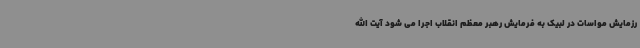
رزمایش مواسات در لبیک به فرمایش رهبر معظم انقلاب اجرا می شود آیت الله